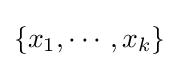
\{x_{1},\cdots ,x_{k}\}